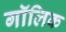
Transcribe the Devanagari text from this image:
गॉलिक